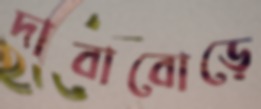
দাবাবোড়ে